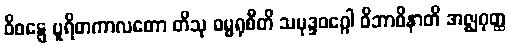
ဝိဝဋ္ဋေ ပူရိတကာလတော တိသု ဓမ္မရုစီတိ သမုဒ္ဒဝဂ္ဂေါ ဝိဘာဝိနာတိ အဇ္ဈဂုတ္ထ